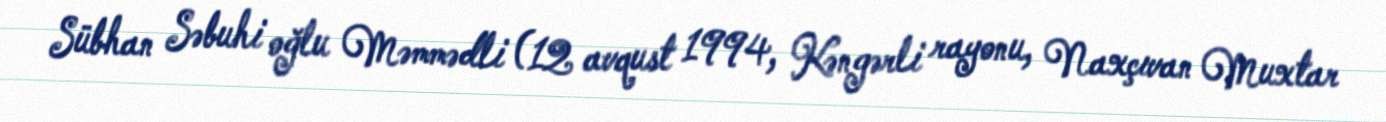
Sübhan Səbuhi oğlu Məmmədli (12 avqust 1994, Kəngərli rayonu, Naxçıvan Muxtar